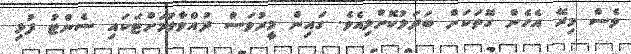
ވެސް މިރޭ އެހެން ގޮތަކަށް ބަދަލުކޮށްލިއެވެ. ގައިން މީރުވަސް ދުއްވާލުމަށްޓަކައި ސެންޓު ފުޅި